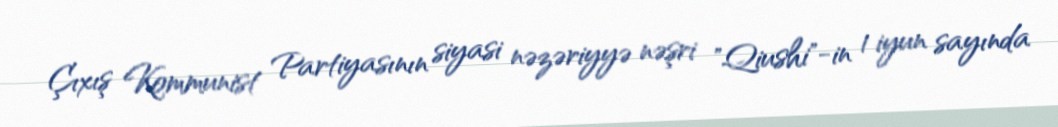
Çıxış Kommunist Partiyasının siyasi nəzəriyyə nəşri "Qiushi"-in 1 iyun sayında